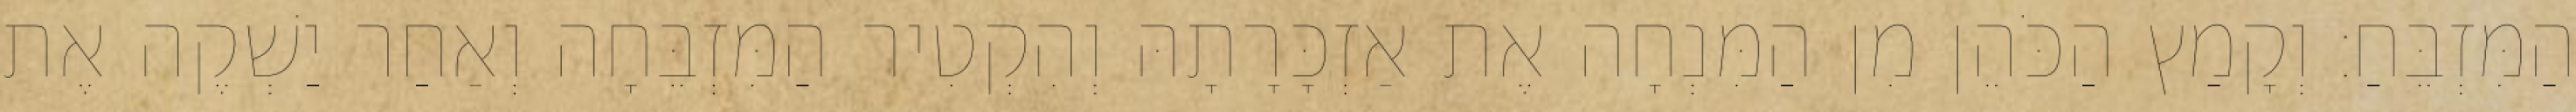
הַמִּזְבֵּחַ׃ וְקָמַץ הַכֹּהֵן מִן הַמִּנְחָה אֶת אַזְכָּרָתָהּ וְהִקְטִיר הַמִּזְבֵּחָה וְאַחַר יַשְׁקֶה אֶת